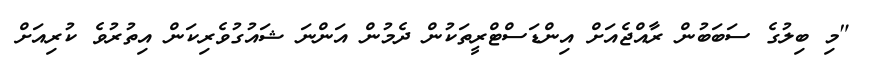
"މި ބިލުގެ ސަބަބުން ރާއްޖެއަށް އިންޑަސްޓްރީތަކުން ދެމުން އަންނަ ޝައުގުވެރިކަން އިތުރުވެ ކުރިއަށް